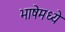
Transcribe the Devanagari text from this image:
भाषेमध्‍ये